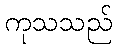
ကုသသည်